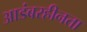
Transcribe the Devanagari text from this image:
आडंबरहीनता